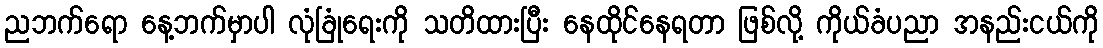
ညဘက်ရော နေ့ဘက်မှာပါ လုံခြုံရေးကို သတိထားပြီး နေထိုင်နေရတာ ဖြစ်လို့ ကိုယ်ခံပညာ အနည်းငယ်ကို